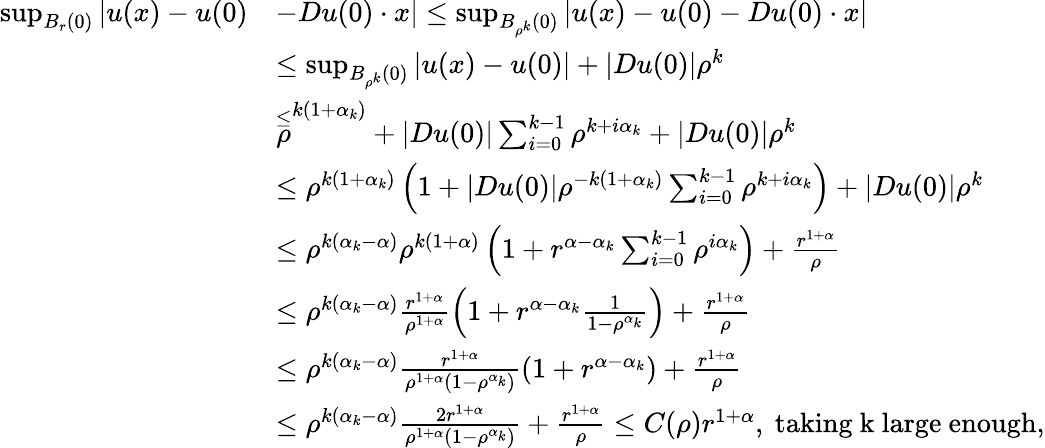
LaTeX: \begin{array}{rl}{\operatorname*{sup}_{B_{r}(0)}|u(x)-u(0)}&{-Du(0)\cdot x|\leq\operatorname*{sup}_{B_{\rho^{k}}(0)}|u(x)-u(0)-Du(0)\cdot x|}\\ &{\leq\operatorname*{sup}_{B_{\rho^{k}}(0)}|u(x)-u(0)|+|Du(0)|\rho^{k}}\\ &{\overset{\leq}\rho^{k(1+\alpha_{k})}+|Du(0)|\sum_{i=0}^{k-1}\rho^{k+i\alpha_{k}}+|Du(0)|\rho^{k}}\\ &{\leq\rho^{k(1+\alpha_{k})}\left(1+|Du(0)|\rho^{-k(1+\alpha_{k})}\sum_{i=0}^{k-1}\rho^{k+i\alpha_{k}}\right)+|Du(0)|\rho^{k}}\\ &{\leq\rho^{k(\alpha_{k}-\alpha)}\rho^{k(1+\alpha)}\left(1+r^{\alpha-\alpha_{k}}\sum_{i=0}^{k-1}\rho^{i\alpha_{k}}\right)+\frac{r^{1+\alpha}}{\rho}}\\ &{\leq\rho^{k(\alpha_{k}-\alpha)}\frac{r^{1+\alpha}}{\rho^{1+\alpha}}\left(1+r^{\alpha-\alpha_{k}}\frac{1}{1-\rho^{\alpha_{k}}}\right)+\frac{r^{1+\alpha}}{\rho}}\\ &{\leq\rho^{k(\alpha_{k}-\alpha)}\frac{r^{1+\alpha}}{\rho^{1+\alpha}(1-\rho^{\alpha_{k}})}\left(1+r^{\alpha-\alpha_{k}}\right)+\frac{r^{1+\alpha}}{\rho}}\\ &{\leq\rho^{k(\alpha_{k}-\alpha)}\frac{2r^{1+\alpha}}{\rho^{1+\alpha}(1-\rho^{\alpha_{k}})}+\frac{r^{1+\alpha}}{\rho}\leq C(\rho)r^{1+\alpha},\ \mathrm{taking~k~large~enough},}\end{array}